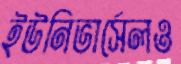
ইউনিভার্সেলও